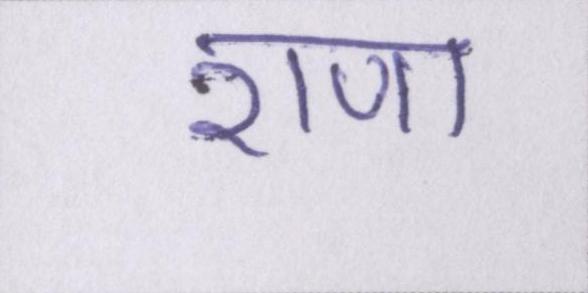
राणा